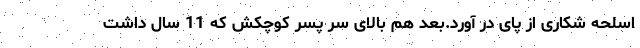
اسلحه شکاری از پای در آورد.بعد هم بالای سر پسر کوچکش که 11 سال داشت